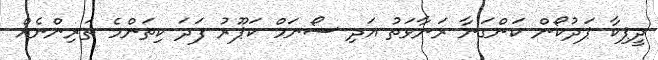
ދީޕިކާ ޕަދުކޯން ކަންގަނާ ރަނާވަތު އަދި ސޯނަމް ކަޕޫރު ފަދަ ކިތަންމެ ތަރިންނެއް